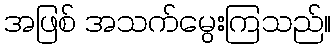
အဖြစ် အသက်မွေးကြသည်။